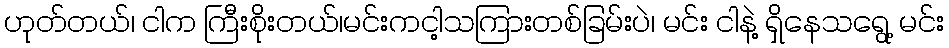
ဟုတ်တယ်၊ ငါက ကြီးစိုးတယ်၊မင်းကငါ့သကြားတစ်ခြမ်းပဲ၊ မင်း ငါနဲ့ ရှိနေသရွေ့ မင်း